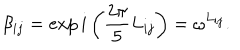
LaTeX: \beta _ { i j } = \exp i \left( \frac { 2 \pi } { 5 } L _ { i j } \right) = \omega ^ { L _ { i j } } .